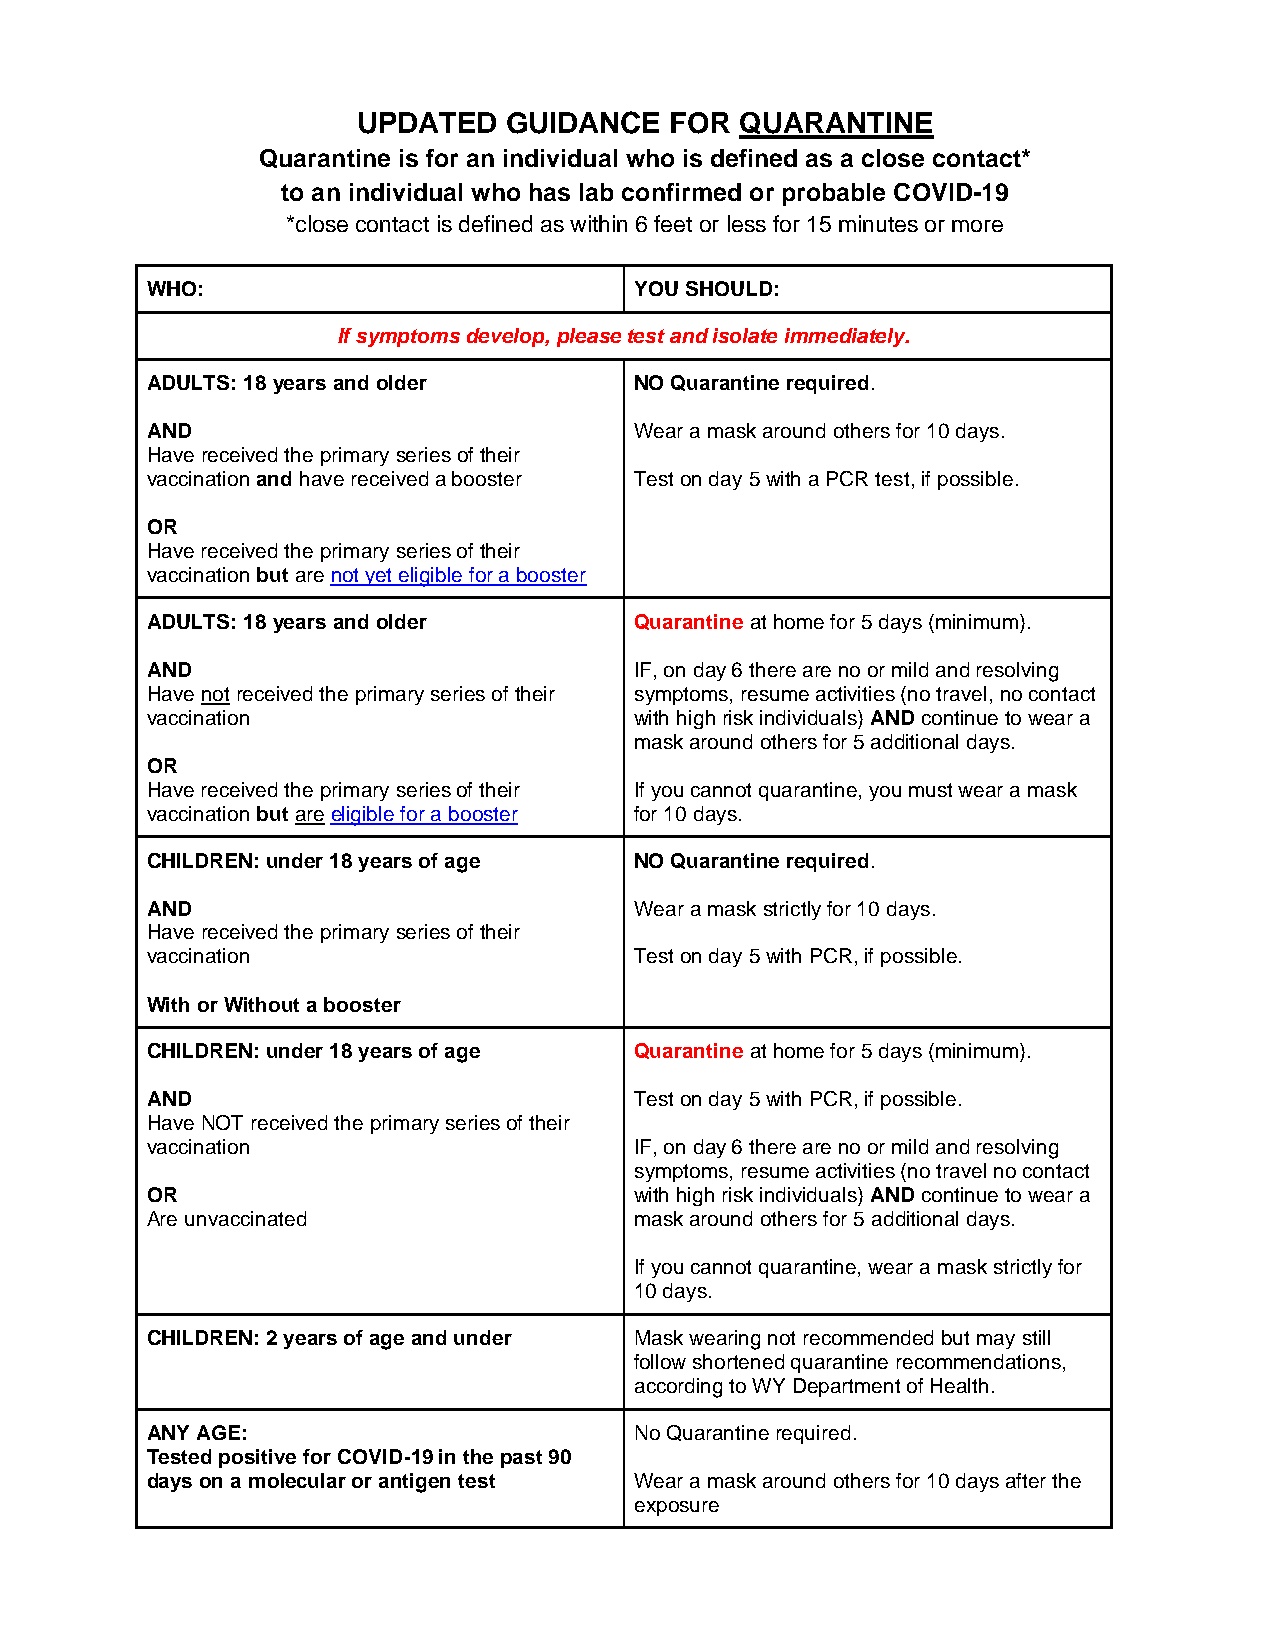
UPDATED  GUIDANCE   FOR  QUARANTINE
 Quarantine is for an individual who is defined as a close contact*
 to an individual who has lab confirmed or probable COVID-19
 *close contact is defined as within 6 feet or less for 15 minutes or more
 WHO:                            YOU SHOULD:
 If symptoms develop, please test and isolate immediately.
 ADULTS: 18 years and older      NO Quarantine required.
 AND                             Wear a mask around others for 10 days.
 Have received the primary series of their
 vaccination and have received a booster Test on day 5 with a PCR test, if possible.
 OR
 Have received the primary series of their
 vaccination but are not yet eligible for a booster
 ADULTS: 18 years and older      Quarantine at home for 5 days (minimum).
 AND                             IF, on day 6 there are no or mild and resolving
 Have not received the primary series of their symptoms, resume activities (no travel, no contact
 vaccination                     with high risk individuals) AND continue to wear a
 mask around others for 5 additional days.
 OR
 Have received the primary series of their If you cannot quarantine, you must wear a mask
 vaccination but are eligible for a booster for 10 days.
 CHILDREN: under 18 years of age NO Quarantine required.
 AND                             Wear a mask strictly for 10 days.
 Have received the primary series of their
 vaccination                     Test on day 5 with PCR, if possible.
 With or Without a booster
 CHILDREN: under 18 years of age Quarantine at home for 5 days (minimum).
 AND                             Test on day 5 with PCR, if possible.
 Have NOT received the primary series of their
 vaccination                     IF, on day 6 there are no or mild and resolving
 symptoms, resume activities (no travel no contact
 OR                              with high risk individuals) AND continue to wear a
 Are unvaccinated                mask around others for 5 additional days.
 If you cannot quarantine, wear a mask strictly for
 10 days.
 CHILDREN: 2 years of age and under Mask wearing not recommended but may still
 follow shortened quarantine recommendations,
 according to WY Department of Health.
 ANY AGE:                        No Quarantine required.
 Tested positive for COVID-19 in the past 90
 days on a molecular or antigen test Wear a mask around others for 10 days after the
 exposure